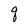
Character: q